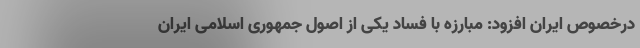
درخصوص ایران افزود: مبارزه با فساد یکی از اصول جمهوری اسلامی ایران